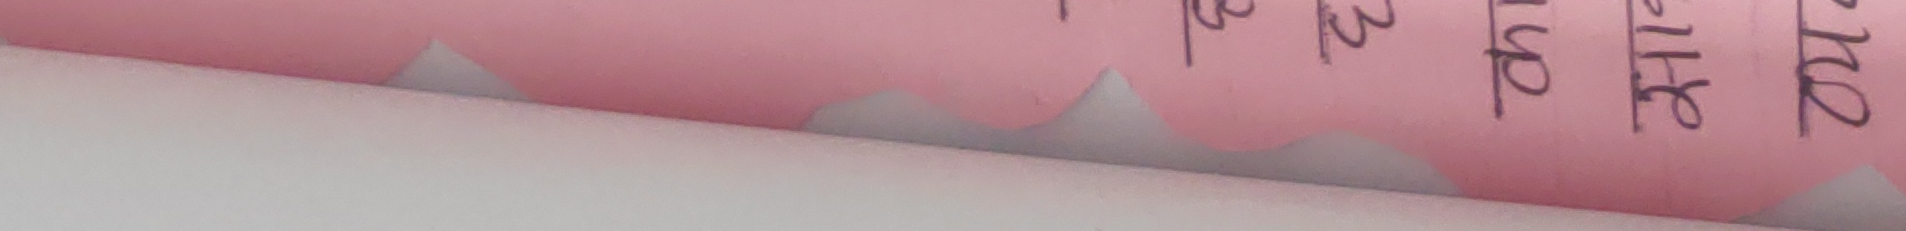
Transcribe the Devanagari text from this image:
22 माथि माथि अझ